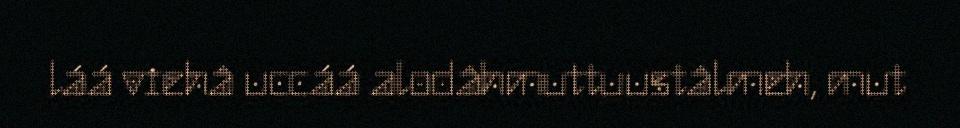
láá viehâ uccáá alodâhmuttuustâlmeh, mut